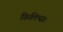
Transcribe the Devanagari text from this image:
फ़िलिप्स।